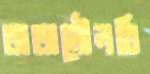
জজমৌলবি